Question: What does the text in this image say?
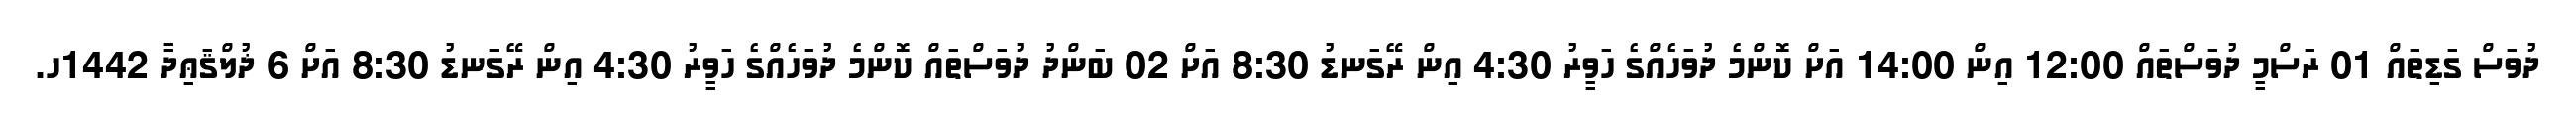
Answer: ދުވަސް ގަޑިތައް 01 ރަސްމީ ދުވަސްތައް 12:00 އިން 14:00 އަށް ކޮންމެ ދުވަހެއްގެ ހަވީރު 4:30 އިން ރޭގަނޑު 8:30 އަށް 02 ބަންދު ދުވަސްތައް ކޮންމެ ދުވަހެއްގެ ހަވީރު 4:30 އިން ރޭގަނޑު 8:30 އަށް 6 ޛުލްޤަޢިދާ 1442ހ.